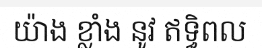
យ៉ាង ខ្លាំង នូវ ឥទ្ធិពល